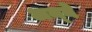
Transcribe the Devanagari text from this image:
अन्बे